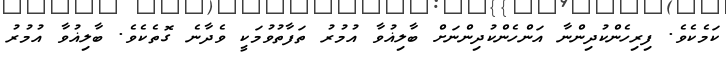
ކަމެކެވެ. ފިރިހެންކުދިންނާ އަންހެންކުދިންނަށް ބާލިޣުވާ އުމުރު ތަފާތުވުމަކީ ވެދާނެ ގޮތެކެވެ. ބާލިޣުވާ އުމުރު